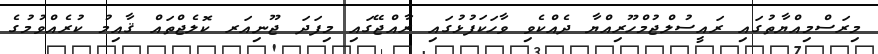
މިރަސްމިއްޔާތުގައި ރައީސުލްޖުމްހޫރިއްޔާ ދެއްކެވި ވާހަކަފުޅުގައި ރާއްޖޭގައި މިފަދަ ޖޫނިއަރ ކޮލެޖްތައް ޤާއިމު ކުރެއްވުމުގެ